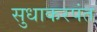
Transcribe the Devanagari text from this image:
सुधाकरपंत